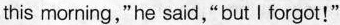
this morning,"he said,"but I forgot!"